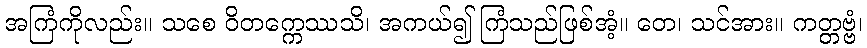
အကြံကိုလည်း။ သစေ ဝိတက္ကေဿသိ၊ အကယ်၍ ကြံသည်ဖြစ်အံ့။ တေ၊ သင်အား။ ကတ္တဗ္ဗံ၊